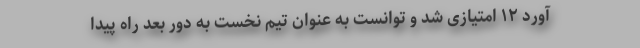
آورد ۱۲ امتیازی شد و توانست به عنوان تیم نخست به دور بعد راه پیدا